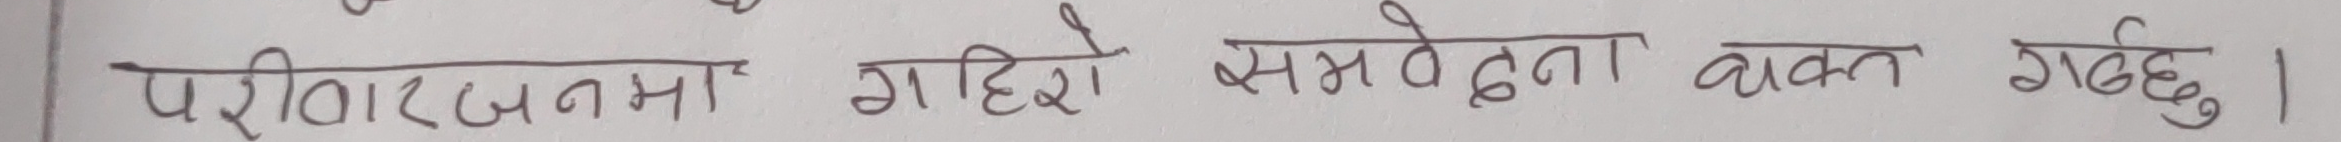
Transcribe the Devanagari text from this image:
परीवारजनमा गाह्रो समवेदना व्यक्त गर्दछु।